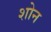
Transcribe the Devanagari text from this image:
शोन